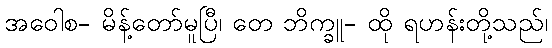
အဝေါစ- မိန့်တော်မူပြီ၊ တေ ဘိက္ခူ- ထို ရဟန်းတို့သည်၊